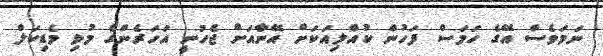
ނަމަވެސް އޭގެ ހަމަސް ފަހުން ކުއްލިއަކަށް އޭނާއަށް ޖެހުނީ އަހަރެންގެ މުޅި މެޑިކަލް